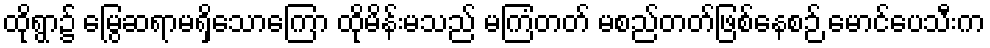
ထိုရွာ၌ မြွေဆရာမရှိသောကြော ထိုမိန်းမသည် မကြံတတ် မစည်တတ်ဖြစ်နေစဉ် မောင်ပေသီးက